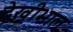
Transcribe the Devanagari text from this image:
देखीभाल